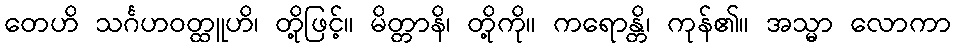
တေဟိ သင်္ဂဟဝတ္ထူဟိ၊ တို့ဖြင့်။ မိတ္တာနိ၊ တို့ကို။ ကရောန္တိ၊ ကုန်၏။ အသ္မာ လောကာ